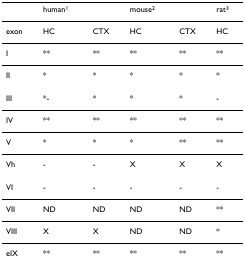
<table><thead><tr><td></td><td><b>human<sup>1</sup></b></td><td></td><td><b>mouse<sup>2</sup></b></td><td></td><td><b>rat<sup>3</sup></b></td></tr></thead><tbody><tr><td>exon</td><td>HC</td><td>CTX</td><td>HC</td><td>CTX</td><td>HC</td></tr><tr><td>I</td><td>**</td><td>**</td><td>**</td><td>**</td><td>**</td></tr><tr><td>II</td><td>*</td><td>*</td><td>*</td><td>*</td><td>*</td></tr><tr><td>III</td><td>*-</td><td>*</td><td>*</td><td>*</td><td>-</td></tr><tr><td>IV</td><td>**</td><td>**</td><td>**</td><td>**</td><td>**</td></tr><tr><td>V</td><td>*</td><td>*</td><td>*</td><td>**</td><td>**</td></tr><tr><td>Vh</td><td>-</td><td>-</td><td>X</td><td>X</td><td>X</td></tr><tr><td>VI</td><td>-</td><td>-</td><td>-</td><td>-</td><td>-</td></tr><tr><td>VII</td><td>ND</td><td>ND</td><td>ND</td><td>ND</td><td>**</td></tr><tr><td>VIII</td><td>X</td><td>X</td><td>ND</td><td>ND</td><td>*</td></tr><tr><td>eIX</td><td>**</td><td>**</td><td>**</td><td>**</td><td>**</td></tr></tbody></table>